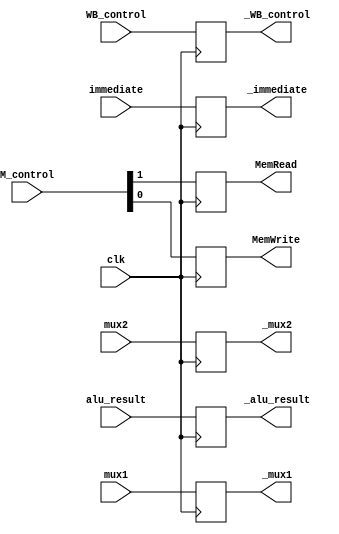
module IE_MEM_register(WB_control,M_control,
_WB_control,MemRead,MemWrite,
alu_result,_alu_result,
immediate,_immediate,
mux1,_mux1,
mux2,_mux2,
clk
);
input clk;
input wire [1:0] WB_control;
output reg [1:0] _WB_control;

input wire [1:0] M_control;
output reg MemRead,MemWrite;

input wire [31:0] alu_result;
output reg [31:0] _alu_result;

input wire [31:0] immediate;
output reg [31:0] _immediate;

input wire [31:0] mux1;
output reg [31:0] _mux1;

input wire [4:0] mux2;
output reg [4:0] _mux2;

always@(posedge clk)
begin
_WB_control<=WB_control;
MemRead<=M_control[1];
MemWrite<=M_control[0];
_alu_result<=alu_result;
_immediate<=immediate;
_mux1<=mux1;
_mux2<=mux2;
end

initial begin
_WB_control<=0;
MemRead<=0;
MemWrite<=0;
_alu_result<=0;
_immediate<=0;
_mux1<=0;
_mux2<=0;
end

endmodule